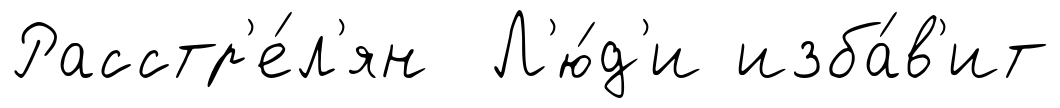
Расстр'е́л'ян Л'ю́д'и изба́в'ит